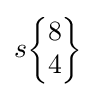
s{\begin{Bmatrix}8\\4\end{Bmatrix}}